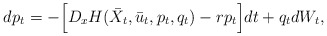
\begin{align*}dp_t = - \Big[D_x H(\bar{X}_t,\bar{u}_t,p_t,q_t) - rp_t \Big]dt + q_t dW_t,\end{align*}